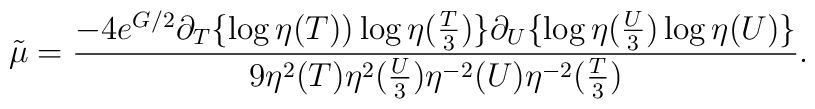
{\tilde \mu} = \frac{-4e^{G/2} \partial_T \{\log \eta(T))\log \eta(\frac{T}{3})\} \partial_U \{\log \eta(\frac{U}{3}) \log\eta(U) \}}{9\eta^{2}(T) \eta^{2}(\frac{U}{3})\eta^{-2}(U) \eta^{-2}(\frac{T}{3})}.